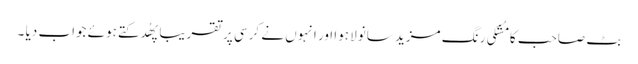
بٹ صاحب کا مُشکی رنگ مزید سانولا ہوا اور انہوں نے کرسی پر تقریبا پھُدکتے ہوئے جواب دیا ۔